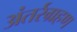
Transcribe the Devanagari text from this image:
अंतर्रग्रहण